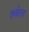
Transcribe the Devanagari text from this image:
इसोला